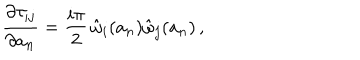
{ \frac { \partial \tau _ { i j } } { \partial a _ { n } } } = { \frac { i \pi } { 2 } } \, \hat { \omega } _ { i } ( a _ { n } ) \hat { \omega } _ { j } ( a _ { n } ) \, ,